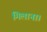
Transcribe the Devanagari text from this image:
मिलाना।